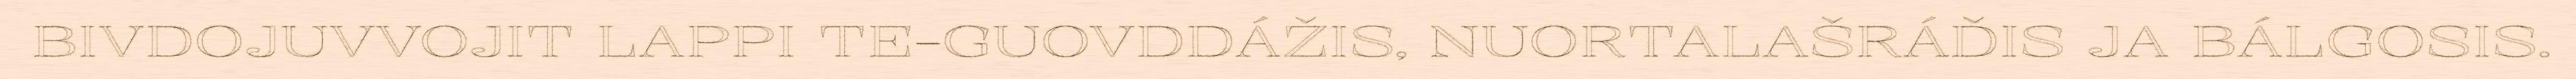
BIVDOJUVVOJIT LAPPI TE-GUOVDDÁŽIS, NUORTALAŠRÁĐIS JA BÁLGOSIS.